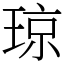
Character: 琼